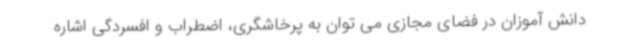
دانش آموزان در فضای مجازی می توان به پرخاشگری، اضطراب و افسردگی اشاره